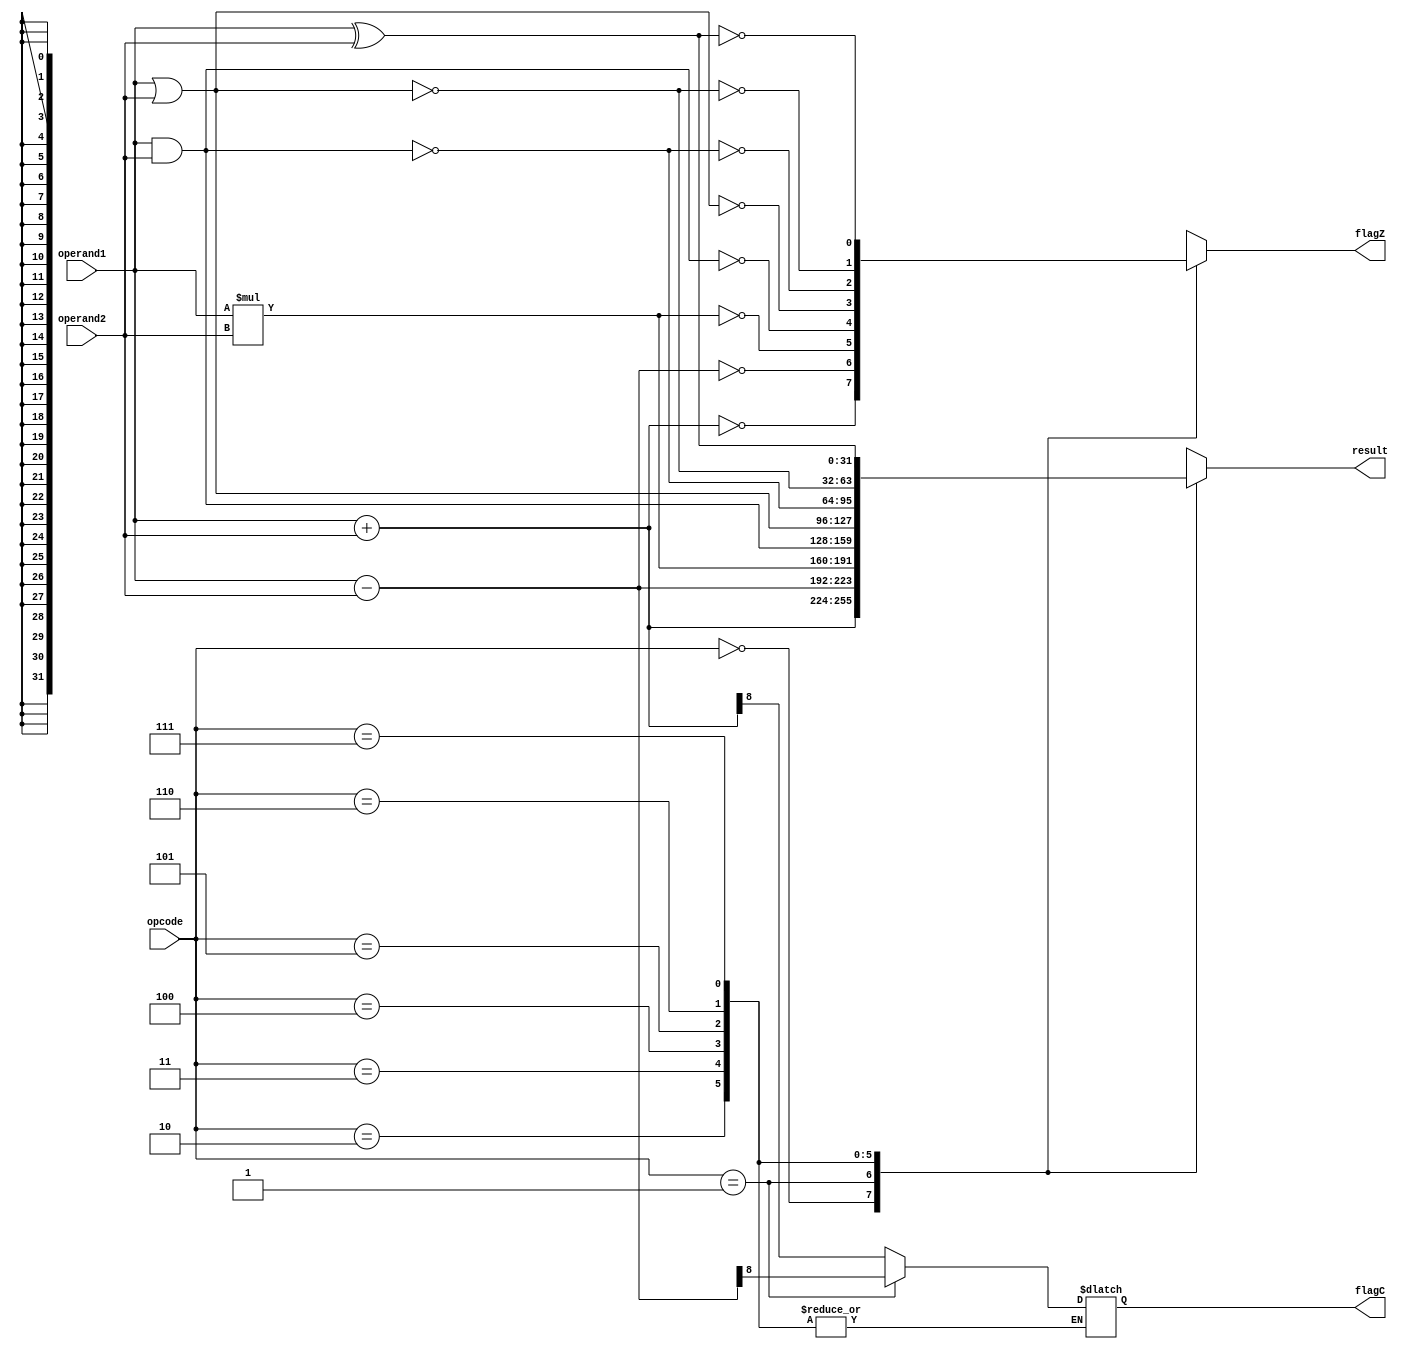
`timescale 1ns / 1ps
//////////////////////////////////////////////////////////////////////////////////
// Company: 
// Engineer: 
// 
// Design Name: 
// Module Name: ALU
// Project Name: 
// Target Devices: 
// Tool Versions: 
// Description: 
// 
// Dependencies: 
// 
// Revision:
// Revision 0.01 - File Created
// Additional Comments:
// 
//////////////////////////////////////////////////////////////////////////////////


module ALU (opcode,operand1, operand2, result, flagC, flagZ );
input [2:0] opcode;
input [31:0] operand1,operand2;
output reg [31:0]result;
output reg flagC=1'b0, flagZ=1'b0;

////////////////////////////////////parametros para definir las operaciones///
parameter  [2:0] ADD = 3'b000,

                 SUB = 3'b001,

                 MUL = 3'b010,

                 AND = 3'b011,

                 OR = 3'b100,

                 NAND = 3'b101,

                 NOR = 3'b110,

                 XOR = 3'b111;      
always @ (opcode or operand1 or operand2)
case (opcode)
    ADD: begin
      result = operand1 + operand2;
      flagC  = result[8];
      flagZ  = (result == 31'b0);
      end

 SUB: begin

   result = operand1 - operand2;

   flagC  = result[8];

   flagZ  = (result == 31'b0);

  end

 MUL: begin

   result = operand1 * operand2;

   flagZ  = (result == 31'b0);

  end

 AND: begin

   result = operand1 & operand2;

   flagZ  = (result == 32'b0);

  end

 OR:  begin

    result = operand1 | operand2;

    flagZ  = (result == 31'b0);

   end

 NAND: begin

   result = ~(operand1 & operand2);

   flagZ  = (result ==31'b0);

  end
  
 NOR: begin

   result = ~(operand1 | operand2);

   flagZ  = (result == 31'b0);

  end

 XOR: begin

   result = operand1 ^ operand2;

   flagZ  = (result == 31'b0);

  end

 default: begin

   result = 31'b0;

   flagC  = 1'b0;

   flagZ  = 1'b0;

  end

 endcase
endmodule